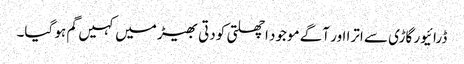
ڈرائیور گاڑی سے اترا اور آگے موجود اچھلتی کودتی بھیڑ میں کہیں گم ہو گیا۔